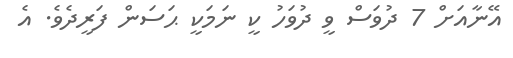
އޭނާއަށް 7 ދުވަސް ވީ ދުވަހު ކީ ނަމަކީ ޙަސަން ފަރީދެވެ. އެ